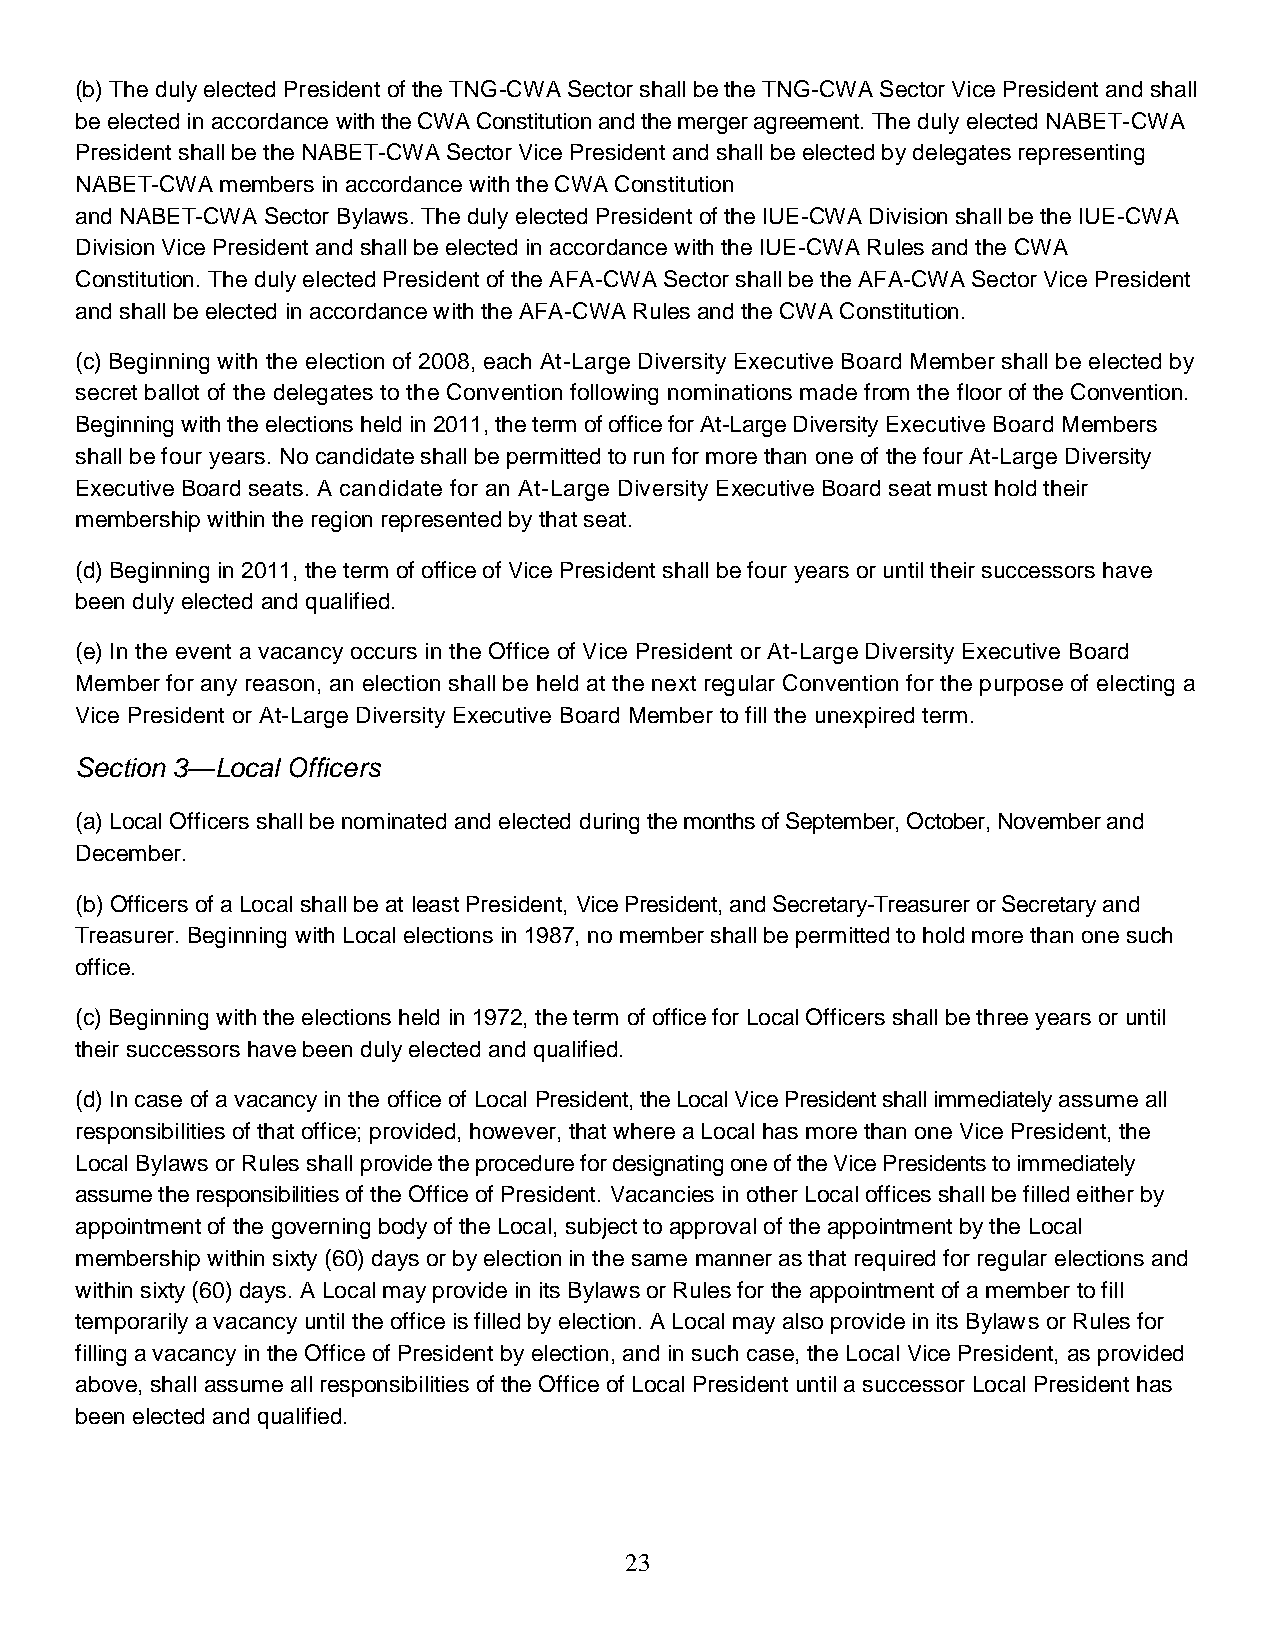
(b) The duly elected President of the TNG-CWA Sector shall be the TNG-CWA Sector Vice President and shall
 be elected in accordance with the CWA Constitution and the merger agreement. The duly elected NABET-CWA
 President shall be the NABET-CWA Sector Vice President and shall be elected by delegates representing
 NABET-CWA members in accordance with the CWA Constitution
 and NABET-CWA Sector Bylaws. The duly elected President of the IUE-CWA Division shall be the IUE-CWA
 Division Vice President and shall be elected in accordance with the IUE-CWA Rules and the CWA
 Constitution. The duly elected President of the AFA-CWA Sector shall be the AFA-CWA Sector Vice President
 and shall be elected in accordance with the AFA-CWA Rules and the CWA Constitution.
 (c) Beginning with the election of 2008, each At-Large Diversity Executive Board Member shall be elected by
 secret ballot of the delegates to the Convention following nominations made from the floor of the Convention.
 Beginning with the elections held in 2011, the term of office for At-Large Diversity Executive Board Members
 shall be four years. No candidate shall be permitted to run for more than one of the four At-Large Diversity
 Executive Board seats. A candidate for an At-Large Diversity Executive Board seat must hold their
 membership within the region represented by that seat.
 (d) Beginning in 2011, the term of office of Vice President shall be four years or until their successors have
 been duly elected and qualified.
 (e) In the event a vacancy occurs in the Office of Vice President or At-Large Diversity Executive Board
 Member for any reason, an election shall be held at the next regular Convention for the purpose of electing a
 Vice President or At-Large Diversity Executive Board Member to fill the unexpired term.
 Section 3—Local Officers
 (a) Local Officers shall be nominated and elected during the months of September, October, November and
 December.
 (b) Officers of a Local shall be at least President, Vice President, and Secretary-Treasurer or Secretary and
 Treasurer. Beginning with Local elections in 1987, no member shall be permitted to hold more than one such
 office.
 (c) Beginning with the elections held in 1972, the term of office for Local Officers shall be three years or until
 their successors have been duly elected and qualified.
 (d) In case of a vacancy in the office of Local President, the Local Vice President shall immediately assume all
 responsibilities of that office; provided, however, that where a Local has more than one Vice President, the
 Local Bylaws or Rules shall provide the procedure for designating one of the Vice Presidents to immediately
 assume the responsibilities of the Office of President. Vacancies in other Local offices shall be filled either by
 appointment of the governing body of the Local, subject to approval of the appointment by the Local
 membership within sixty (60) days or by election in the same manner as that required for regular elections and
 within sixty (60) days. A Local may provide in its Bylaws or Rules for the appointment of a member to fill
 temporarily a vacancy until the office is filled by election. A Local may also provide in its Bylaws or Rules for
 filling a vacancy in the Office of President by election, and in such case, the Local Vice President, as provided
 above, shall assume all responsibilities of the Office of Local President until a successor Local President has
 been elected and qualified.
 23